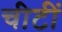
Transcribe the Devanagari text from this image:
चीटीं